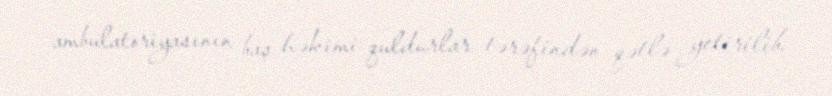
ambulatoriyasının baş həkimi quldurlar tərəfindən qətlə yetirilib.